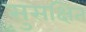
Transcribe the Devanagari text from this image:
सुसक्षित